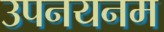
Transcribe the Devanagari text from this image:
उपनयनम